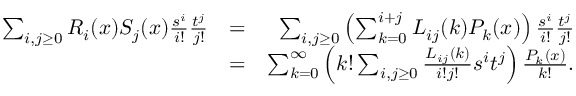
\begin{array} { r l r } { \sum _ { i , j \geq 0 } R _ { i } ( x ) S _ { j } ( x ) { \frac { s ^ { i } } { i ! } } { \frac { t ^ { j } } { j ! } } } & { = } & { \sum _ { i , j \geq 0 } \left( \sum _ { k = 0 } ^ { i + j } L _ { i j } ( k ) P _ { k } ( x ) \right) { \frac { s ^ { i } } { i ! } } { \frac { t ^ { j } } { j ! } } } \\ & { = } & { \sum _ { k = 0 } ^ { \infty } \left( k ! \sum _ { i , j \geq 0 } { \frac { L _ { i j } ( k ) } { i ! j ! } } s ^ { i } t ^ { j } \right) { \frac { P _ { k } ( x ) } { k ! } } . } \end{array}